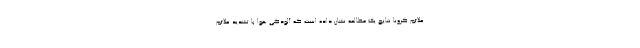
علائم کرونا نتایج یک مطالعه نشان داده است که آلودگی هوا با تشدید علائم